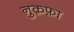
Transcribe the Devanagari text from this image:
नु़क़फ़ा